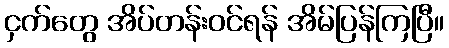
ငှက်တွေ အိပ်တန်းဝင်ရန် အိမ်ပြန်ကြပြီ။